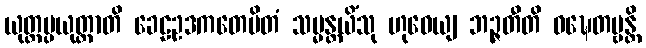
ယုတ္တပ္ပယုတ္တာတိ ခေဠဥဒကတေမိတံ သမ္မန္တယိံသု ဟုဝေယျ ဘဉ္ဇတီတိ ဝဍ္ဎေတဗ္ဗန္တိ